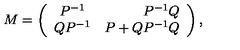
M = \left( \begin{array} { c r c } { P ^ { - 1 } } & { P ^ { - 1 } Q } \\ { Q P ^ { - 1 } } & { P + Q P ^ { - 1 } Q } \\ \end{array} \right) ,